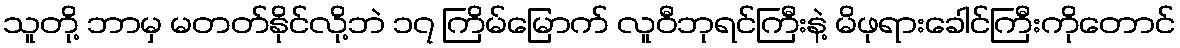
သူတို့ ဘာမှ မတတ်နိုင်လို့ဘဲ ၁၇ ကြိမ်မြောက် လူဝီဘုရင်ကြီးနဲ့ မိဖုရားခေါင်ကြီးကိုတောင်